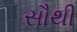
સૌથી